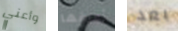
وأعني أعرفها بعد